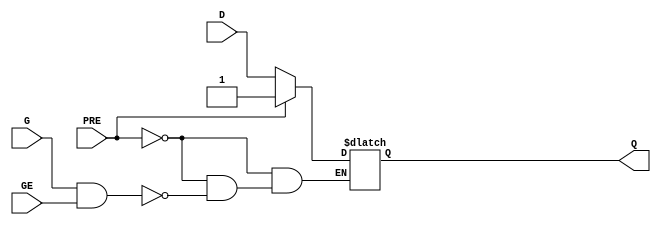
// This program was cloned from: https://github.com/fredrequin/verilator_xilinx
// License: BSD 2-Clause "Simplified" License

`ifdef verilator3
`else
`timescale 1 ps / 1 ps
`endif
//
// LDPE primitive for Xilinx FPGAs
// Compatible with Verilator tool (www.veripool.org)
// Copyright (c) 2019-2022 Frdric REQUIN
// License : BSD
//

/* verilator coverage_off */
module LDPE
#(
    parameter INIT = 1'b0
)
(
    // Asynchronous preset
    input   wire PRE,
    // Latch
    input   wire G,
    // Latch enable
    input   wire GE,
    // Data in
    input   wire D,
    // Data out
    output  wire Q
);
    reg _r_Q;

    initial begin : INIT_STATE
        _r_Q = INIT[0];
    end
    
    always @(PRE or G or GE or D) begin : LATCH
    
        if (PRE) begin
            _r_Q = 1'b1;
        end
        else if (G & GE) begin
            _r_Q = D;
        end
    end
    
    assign Q = _r_Q;

endmodule
/* verilator coverage_on */